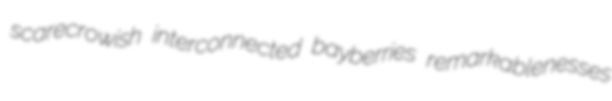
scarecrowish interconnected bayberries remarkablenesses